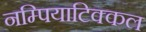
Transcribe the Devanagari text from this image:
नम्पियाटिक्कल